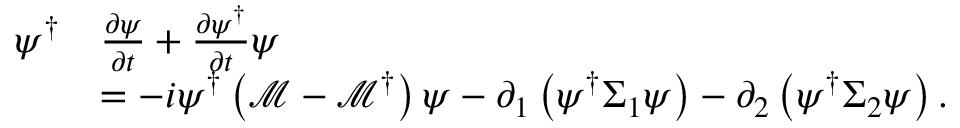
\begin{array} { r l } { \psi ^ { \dagger } } & { \frac { \partial \psi } { \partial t } + \frac { \partial \psi ^ { \dagger } } { \partial t } \psi } \\ & { = - i \psi ^ { \dagger } \left( \mathcal { M } - \mathcal { M } ^ { \dagger } \right) \psi - \partial _ { 1 } \left( \psi ^ { \dagger } \Sigma _ { 1 } \psi \right) - \partial _ { 2 } \left( \psi ^ { \dagger } \Sigma _ { 2 } \psi \right) . } \end{array}